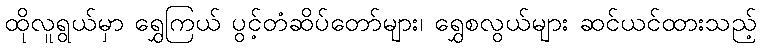
ထိုလူရွယ်မှာ ရွှေကြယ် ပွင့်တံဆိပ်တော်များ၊ ရွှေစလွယ်များ ဆင်ယင်ထားသည့်